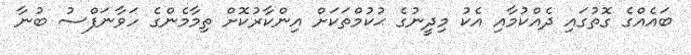
ބައެއްގެ ގޮތުގައި ދެއްކުމާއި އެކު މިދީނުގެ ޙުކުމްތަކަށް އިންކާރުކޮށް ތިމާމެންގެ ހަވާނަފްސު ބުނާ